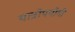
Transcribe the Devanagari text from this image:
यात्रोपयोगी